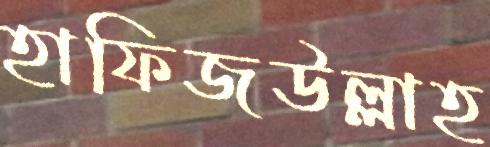
হাফিজউল্লাহ